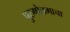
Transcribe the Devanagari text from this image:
पुरुषोत्तमाचा